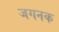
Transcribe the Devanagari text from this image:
जगनक